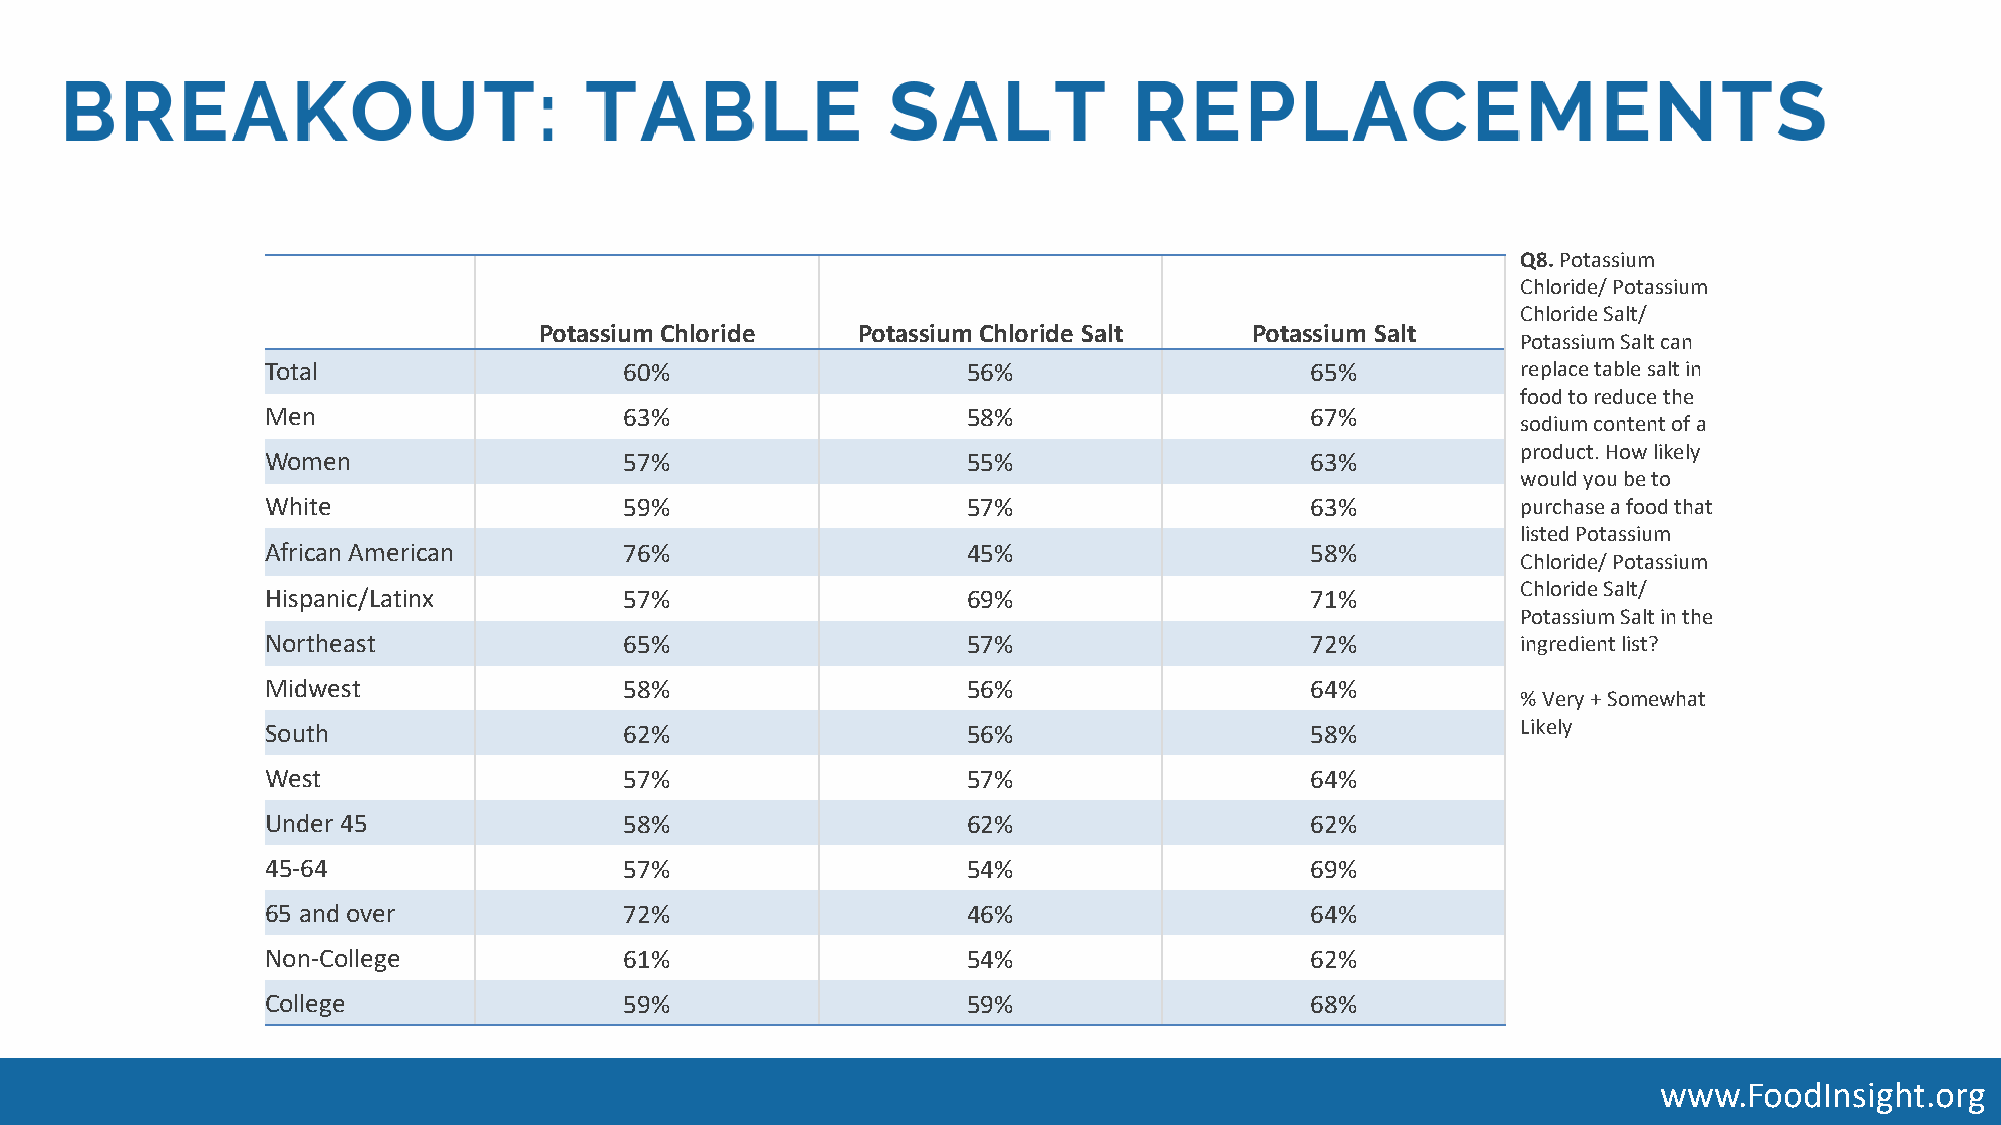
Q8. Potassium
 Chloride/ Potassium
 Chloride Salt/
 Potassium Chloride   Potassium Chloride Salt   Potassium Salt
 Potassium Salt can
 Total                  60%                    56%                    65%           replace table salt in
 food to reduce the
 Men                    63%                    58%                    67%
 sodium content of a
 product. How likely
 Women                  57%                    55%                    63%
 would you be to
 White                  59%                    57%                    63%           purchase a food that
 listed Potassium
 African American       76%                    45%                    58%
 Chloride/ Potassium
 Chloride Salt/
 Hispanic/Latinx        57%                    69%                    71%
 Potassium Salt in the
 Northeast              65%                    57%                    72%           ingredient list?
 Midwest                58%                    56%                    64%
 % Very + Somewhat
 South                  62%                    56%                    58%           Likely
 West                   57%                    57%                    64%
 Under 45               58%                    62%                    62%
 45-64                  57%                    54%                    69%
 65 and over            72%                    46%                    64%
 Non-College            61%                    54%                    62%
 College                59%                    59%                    68%
 www.FoodInsight.org